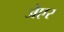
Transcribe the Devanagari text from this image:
जेएर